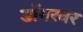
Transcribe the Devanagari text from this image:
डोंगरवर